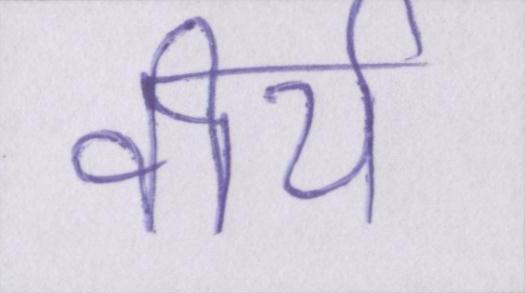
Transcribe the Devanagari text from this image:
वीर्य